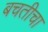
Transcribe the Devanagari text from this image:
बचतीचा